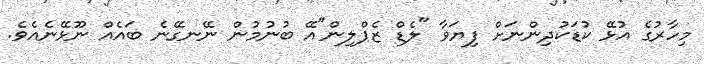
މިހާރުގެ އުޅޭ ކުޑަކުދިންނަށް ފިޔަވާ "ލެޑް ޒެޕްލިން"އޭ ބުނުމުން ނޭނގޭނެ ބައެއް ނޫޅޭނެއެވެ.